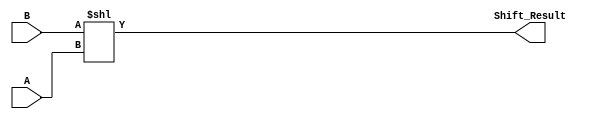
`timescale 1ns / 1ps
//////////////////////////////////////////////////////////////////////////////////
// Company: 
// Engineer: 
// 
// Design Name: 
// Module Name:    Shifter 
// Project Name: 
// Target Devices: 
// Tool versions: 
// Description: 
//
// Dependencies: 
//
// Revision: 
// Revision 0.01 - File Created
// Additional Comments: 
//
//////////////////////////////////////////////////////////////////////////////////
module Shifter(
	 input [2:0] A,
    input [7:0] B,
    output reg[7:0] Shift_Result
    );
	always@(A,B)
	begin
	Shift_Result=B<<A;
	end
endmodule